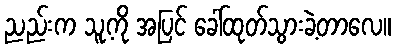
ညည်းက သူ့ကို အပြင် ခေါ်ထုတ်သွားခဲ့တာလေ။